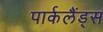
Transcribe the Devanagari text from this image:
पार्कलैंड्स